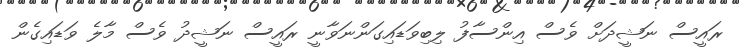
ރައީސް ނަޝީދަށް ވެސް އިންސާފު ލިބިވަޑައިގަންނަވާނީ ރައީސް ނަޝީދު ވެސް މާލެ ވަޑައިގެން